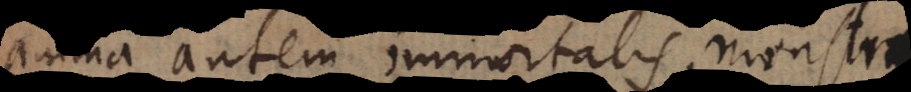
anima autem immortalis, monstri